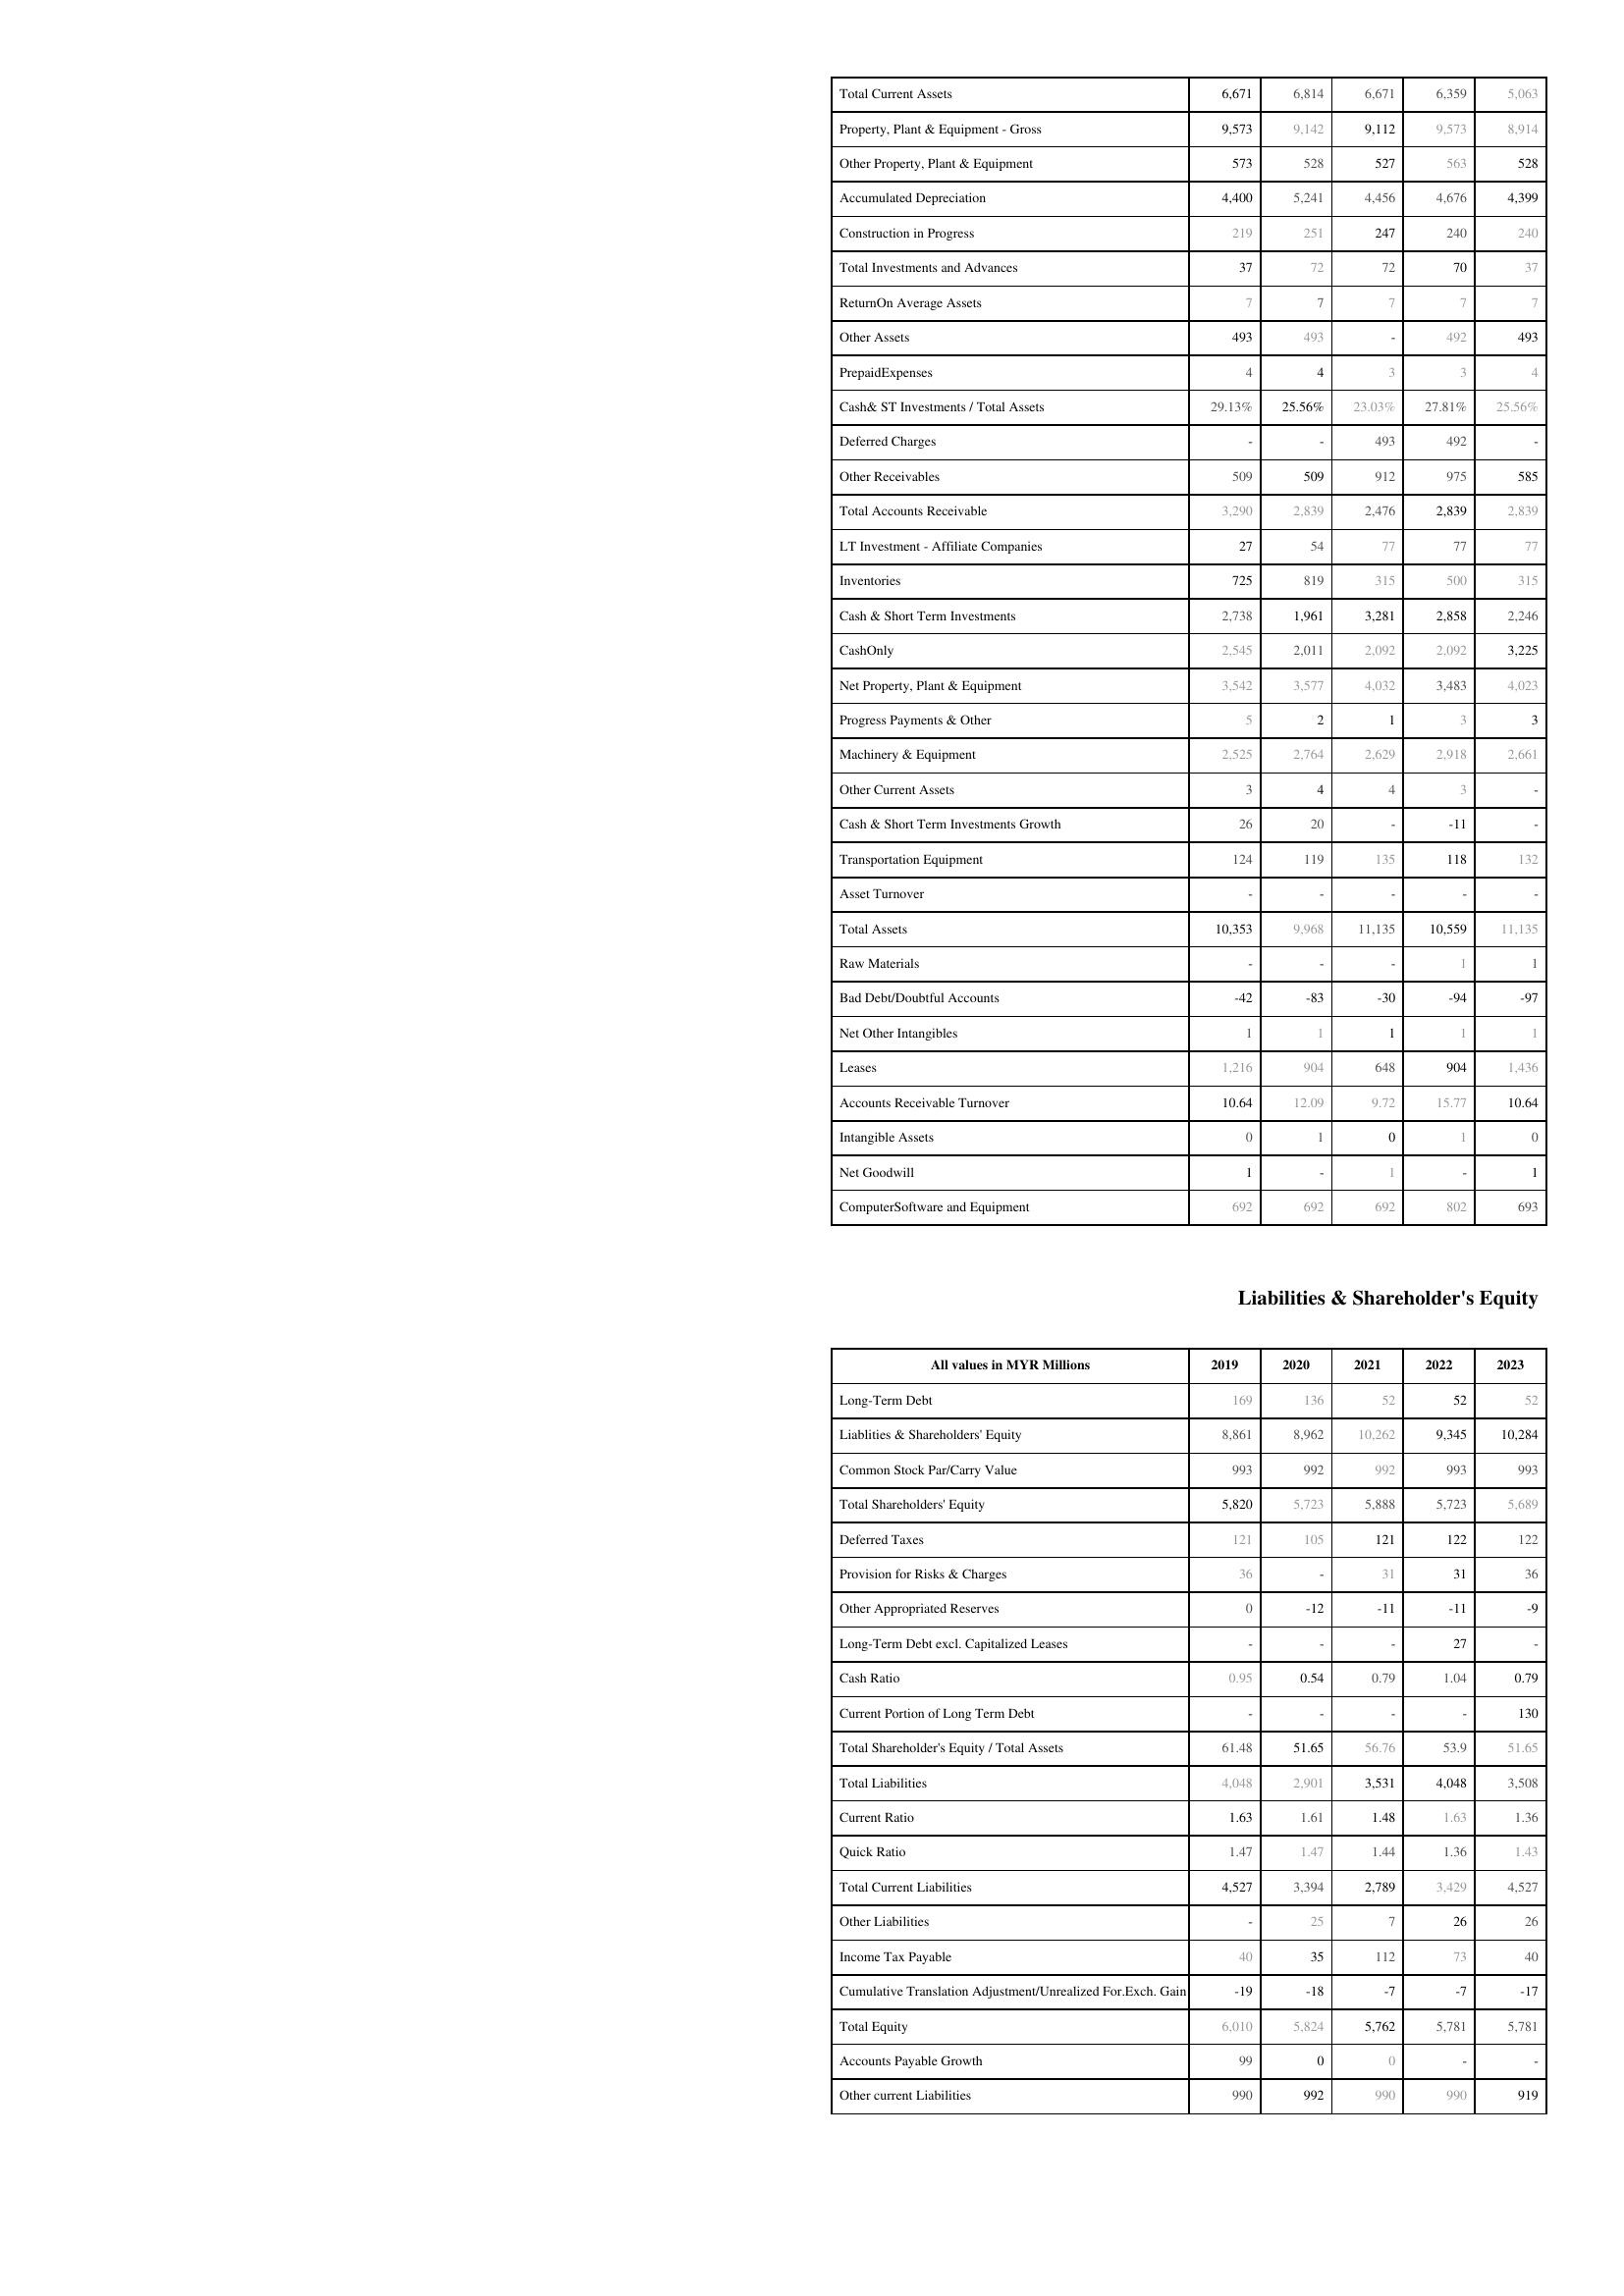
2019: Assets: Total Current Assets: 6,671
Property, Plant & Equipment - Gross : 9,573
Other Property, Plant & Equipment: 573
Accumulated Depreciation: 4,400
Construction in Progress: 219
Total Investments and Advances: 37
ReturnOn Average Assets: 7
Other Assets: 493
PrepaidExpenses: 4
Cash& ST Investments / Total Assets: 29.13%
Deferred Charges: -
Other Receivables: 509
Total Accounts Receivable: 3,290
LT Investment - Affiliate Companies: 27
Inventories: 725
Cash & Short Term Investments: 2,738
CashOnly: 2,545
Net Property, Plant & Equipment: 3,542
Progress Payments & Other: 5
Machinery & Equipment: 2,525
Other Current Assets: 3
Cash & Short Term Investments Growth: 26
Transportation Equipment: 124
Asset Turnover: -
Total Assets: 10,353
Raw Materials: -
Bad Debt/Doubtful Accounts: -42
Net Other Intangibles: 1
Leases: 1,216
Accounts Receivable Turnover: 10.64
Intangible Assets: 0
Net Goodwill: 1
ComputerSoftware and Equipment: 692
Liabilities & Shareholder's Equity: Long-Term Debt: 169
Liablities & Shareholders' Equity: 8,861
Common Stock Par/Carry Value: 993
Total Shareholders' Equity: 5,820
Deferred Taxes: 121
Provision for Risks & Charges: 36
Other Appropriated Reserves: 0
Long-Term Debt excl. Capitalized Leases: -
Cash Ratio: 0.95
Current Portion of Long Term Debt: -
Total Shareholder's Equity / Total Assets: 61.48
Total Liabilities: 4,048
Current Ratio: 1.63
Quick Ratio: 1.47
Total Current Liabilities: 4,527
Other Liabilities: -
Income Tax Payable: 40
Cumulative Translation Adjustment/Unrealized For.Exch. Gain: -19
Total Equity: 6,010
Accounts Payable Growth: 99
Other current Liabilities: 990
2020: Assets: Total Current Assets: 6,814
Property, Plant & Equipment - Gross : 9,142
Other Property, Plant & Equipment: 528
Accumulated Depreciation: 5,241
Construction in Progress: 251
Total Investments and Advances: 72
ReturnOn Average Assets: 7
Other Assets: 493
PrepaidExpenses: 4
Cash& ST Investments / Total Assets: 25.56%
Deferred Charges: -
Other Receivables: 509
Total Accounts Receivable: 2,839
LT Investment - Affiliate Companies: 54
Inventories: 819
Cash & Short Term Investments: 1,961
CashOnly: 2,011
Net Property, Plant & Equipment: 3,577
Progress Payments & Other: 2
Machinery & Equipment: 2,764
Other Current Assets: 4
Cash & Short Term Investments Growth: 20
Transportation Equipment: 119
Asset Turnover: -
Total Assets: 9,968
Raw Materials: -
Bad Debt/Doubtful Accounts: -83
Net Other Intangibles: 1
Leases: 904
Accounts Receivable Turnover: 12.09
Intangible Assets: 1
Net Goodwill: -
ComputerSoftware and Equipment: 692
Liabilities & Shareholder's Equity: Long-Term Debt: 136
Liablities & Shareholders' Equity: 8,962
Common Stock Par/Carry Value: 992
Total Shareholders' Equity: 5,723
Deferred Taxes: 105
Provision for Risks & Charges: -
Other Appropriated Reserves: -12
Long-Term Debt excl. Capitalized Leases: -
Cash Ratio: 0.54
Current Portion of Long Term Debt: -
Total Shareholder's Equity / Total Assets: 51.65
Total Liabilities: 2,901
Current Ratio: 1.61
Quick Ratio: 1.47
Total Current Liabilities: 3,394
Other Liabilities: 25
Income Tax Payable: 35
Cumulative Translation Adjustment/Unrealized For.Exch. Gain: -18
Total Equity: 5,824
Accounts Payable Growth: 0
Other current Liabilities: 992
2021: Assets: Total Current Assets: 6,671
Property, Plant & Equipment - Gross : 9,112
Other Property, Plant & Equipment: 527
Accumulated Depreciation: 4,456
Construction in Progress: 247
Total Investments and Advances: 72
ReturnOn Average Assets: 7
Other Assets: -
PrepaidExpenses: 3
Cash& ST Investments / Total Assets: 23.03%
Deferred Charges: 493
Other Receivables: 912
Total Accounts Receivable: 2,476
LT Investment - Affiliate Companies: 77
Inventories: 315
Cash & Short Term Investments: 3,281
CashOnly: 2,092
Net Property, Plant & Equipment: 4,032
Progress Payments & Other: 1
Machinery & Equipment: 2,629
Other Current Assets: 4
Cash & Short Term Investments Growth: -
Transportation Equipment: 135
Asset Turnover: -
Total Assets: 11,135
Raw Materials: -
Bad Debt/Doubtful Accounts: -30
Net Other Intangibles: 1
Leases: 648
Accounts Receivable Turnover: 9.72
Intangible Assets: 0
Net Goodwill: 1
ComputerSoftware and Equipment: 692
Liabilities & Shareholder's Equity: Long-Term Debt: 52
Liablities & Shareholders' Equity: 10,262
Common Stock Par/Carry Value: 992
Total Shareholders' Equity: 5,888
Deferred Taxes: 121
Provision for Risks & Charges: 31
Other Appropriated Reserves: -11
Long-Term Debt excl. Capitalized Leases: -
Cash Ratio: 0.79
Current Portion of Long Term Debt: -
Total Shareholder's Equity / Total Assets: 56.76
Total Liabilities: 3,531
Current Ratio: 1.48
Quick Ratio: 1.44
Total Current Liabilities: 2,789
Other Liabilities: 7
Income Tax Payable: 112
Cumulative Translation Adjustment/Unrealized For.Exch. Gain: -7
Total Equity: 5,762
Accounts Payable Growth: 0
Other current Liabilities: 990
2022: Assets: Total Current Assets: 6,359
Property, Plant & Equipment - Gross : 9,573
Other Property, Plant & Equipment: 563
Accumulated Depreciation: 4,676
Construction in Progress: 240
Total Investments and Advances: 70
ReturnOn Average Assets: 7
Other Assets: 492
PrepaidExpenses: 3
Cash& ST Investments / Total Assets: 27.81%
Deferred Charges: 492
Other Receivables: 975
Total Accounts Receivable: 2,839
LT Investment - Affiliate Companies: 77
Inventories: 500
Cash & Short Term Investments: 2,858
CashOnly: 2,092
Net Property, Plant & Equipment: 3,483
Progress Payments & Other: 3
Machinery & Equipment: 2,918
Other Current Assets: 3
Cash & Short Term Investments Growth: -11
Transportation Equipment: 118
Asset Turnover: -
Total Assets: 10,559
Raw Materials: 1
Bad Debt/Doubtful Accounts: -94
Net Other Intangibles: 1
Leases: 904
Accounts Receivable Turnover: 15.77
Intangible Assets: 1
Net Goodwill: -
ComputerSoftware and Equipment: 802
Liabilities & Shareholder's Equity: Long-Term Debt: 52
Liablities & Shareholders' Equity: 9,345
Common Stock Par/Carry Value: 993
Total Shareholders' Equity: 5,723
Deferred Taxes: 122
Provision for Risks & Charges: 31
Other Appropriated Reserves: -11
Long-Term Debt excl. Capitalized Leases: 27
Cash Ratio: 1.04
Current Portion of Long Term Debt: -
Total Shareholder's Equity / Total Assets: 53.9
Total Liabilities: 4,048
Current Ratio: 1.63
Quick Ratio: 1.36
Total Current Liabilities: 3,429
Other Liabilities: 26
Income Tax Payable: 73
Cumulative Translation Adjustment/Unrealized For.Exch. Gain: -7
Total Equity: 5,781
Accounts Payable Growth: -
Other current Liabilities: 990
2023: Assets: Total Current Assets: 5,063
Property, Plant & Equipment - Gross : 8,914
Other Property, Plant & Equipment: 528
Accumulated Depreciation: 4,399
Construction in Progress: 240
Total Investments and Advances: 37
ReturnOn Average Assets: 7
Other Assets: 493
PrepaidExpenses: 4
Cash& ST Investments / Total Assets: 25.56%
Deferred Charges: -
Other Receivables: 585
Total Accounts Receivable: 2,839
LT Investment - Affiliate Companies: 77
Inventories: 315
Cash & Short Term Investments: 2,246
CashOnly: 3,225
Net Property, Plant & Equipment: 4,023
Progress Payments & Other: 3
Machinery & Equipment: 2,661
Other Current Assets: -
Cash & Short Term Investments Growth: -
Transportation Equipment: 132
Asset Turnover: -
Total Assets: 11,135
Raw Materials: 1
Bad Debt/Doubtful Accounts: -97
Net Other Intangibles: 1
Leases: 1,436
Accounts Receivable Turnover: 10.64
Intangible Assets: 0
Net Goodwill: 1
ComputerSoftware and Equipment: 693
Liabilities & Shareholder's Equity: Long-Term Debt: 52
Liablities & Shareholders' Equity: 10,284
Common Stock Par/Carry Value: 993
Total Shareholders' Equity: 5,689
Deferred Taxes: 122
Provision for Risks & Charges: 36
Other Appropriated Reserves: -9
Long-Term Debt excl. Capitalized Leases: -
Cash Ratio: 0.79
Current Portion of Long Term Debt: 130
Total Shareholder's Equity / Total Assets: 51.65
Total Liabilities: 3,508
Current Ratio: 1.36
Quick Ratio: 1.43
Total Current Liabilities: 4,527
Other Liabilities: 26
Income Tax Payable: 40
Cumulative Translation Adjustment/Unrealized For.Exch. Gain: -17
Total Equity: 5,781
Accounts Payable Growth: -
Other current Liabilities: 919